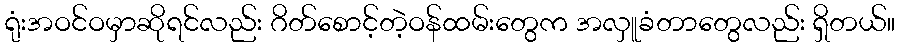
ရုံးအဝင်ဝမှာဆိုရင်လည်း ဂိတ်စောင့်တဲ့ဝန်ထမ်းတွေက အလှူခံတာတွေလည်း ရှိတယ်။